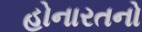
હોનારતનો